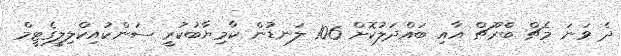
ދެ ވަަނަ މެޗް ބްރޫޗް އާއި ބައްދަލުކޮށް 106 ލަނޑުން ކާމިޔާބުކުރީ ސަންކުއިކްލިލީގެޓީމް